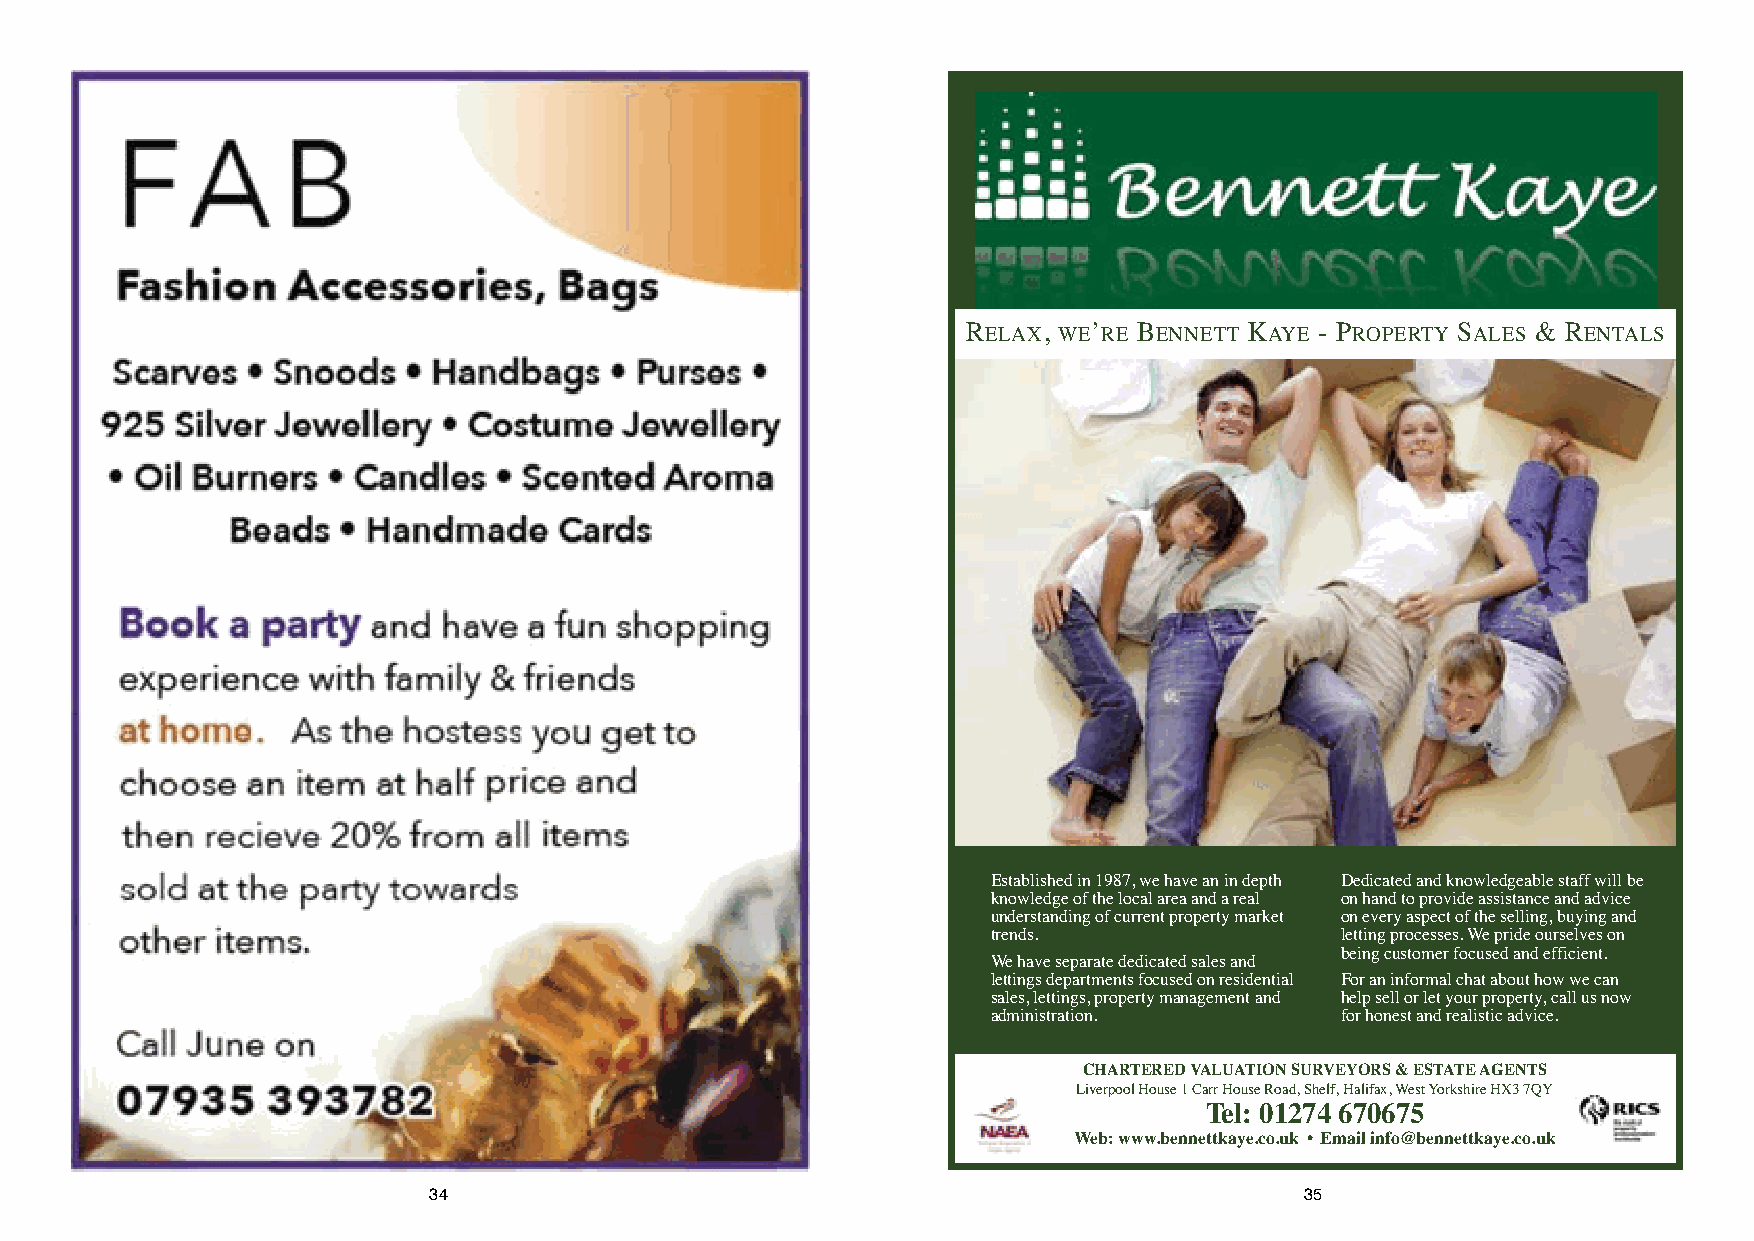
RELAX, WE’RE BENNETT KAYE - PROPERTY SALES & RENTALS
 Established in 1987, we have an in depth Dedicated and knowledgeable staff will be
 knowledge of the local area and a real on hand to provide assistance and advice
 understanding of current property market on every aspect of the selling, buying and
 trends.                letting processes. We pride ourselves on
 being customer focused and efficient.
 We have separate dedicated sales and
 lettings departments focused on residential For an informal chat about how we can
 sales, lettings, property management and help sell or let your property, call us now
 administration.        for honest and realistic advice.
 CHARTERED VALUATION SURVEYORS & ESTATE AGENTS
 Liverpool House 1 Carr House Road, Shelf, Halifax, West Yorkshire HX3 7QY
 Tel: 01274 670675
 Web: www.bennettkaye.co.uk • Email info@bennettkaye.co.uk
 34                                                        35